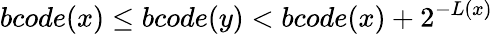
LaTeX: bcode(x)\leq bcode(y)<bcode(x)+2^{-L(x)}